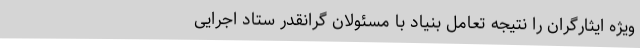
ویژه ایثارگران را نتیجه تعامل بنیاد با مسئولان گرانقدر ستاد اجرایی